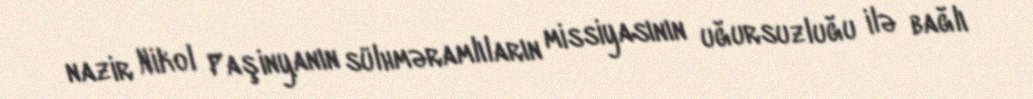
nazir Nikol Paşinyanın sülhməramlıların missiyasının uğursuzluğu ilə bağlı